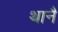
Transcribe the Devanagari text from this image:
थानै